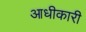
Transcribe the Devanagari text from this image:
आधीकारी